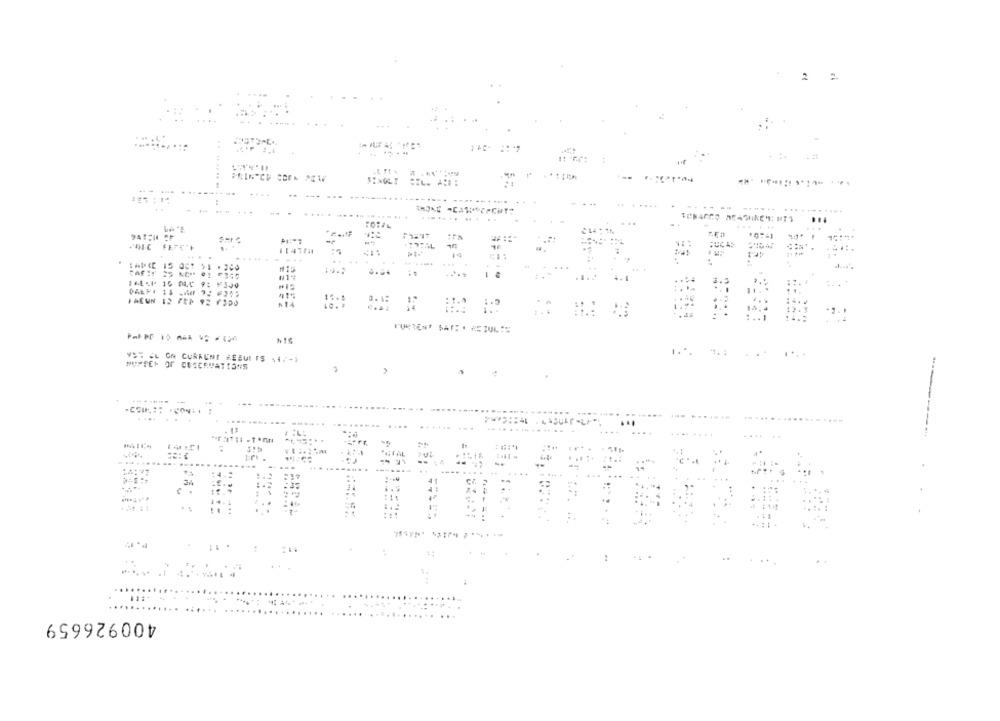
2 %
PRINTCH SOFN PEW
S:NOLT
...
4.3295
.......
DALP1 13 -60 32 638>
FACUN 12 FEP 92 7300
:.. 1
PURTENT SAFE . RESULTS
MUPPET Or CESERVATIONS
....
.....
.....
400926659